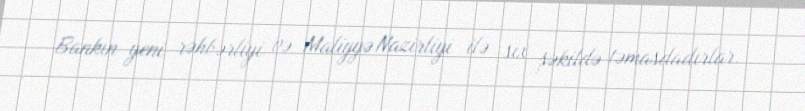
Bankın yeni rəhbərliyi və Maliyyə Nazirliyi ilə sıx şəkildə təmasdadırlar.